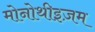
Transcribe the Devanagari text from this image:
मोनोथीइज़म